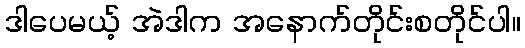
ဒါပေမယ့် အဲဒါက အနောက်တိုင်းစတိုင်ပါ။